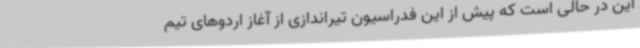
این در حالی است که پیش از این فدراسیون تیراندازی از آغاز اردوهای تیم